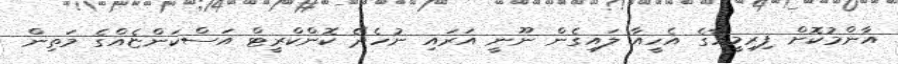
އާންމުކޮށް ފިރިމީހާގެ އެހީއާ ލައިގެން ނޫނީ އަރައި ނުހެދޭ ކޮންކްރީޓް އަސްކަންޏެއްގެ މަތިން